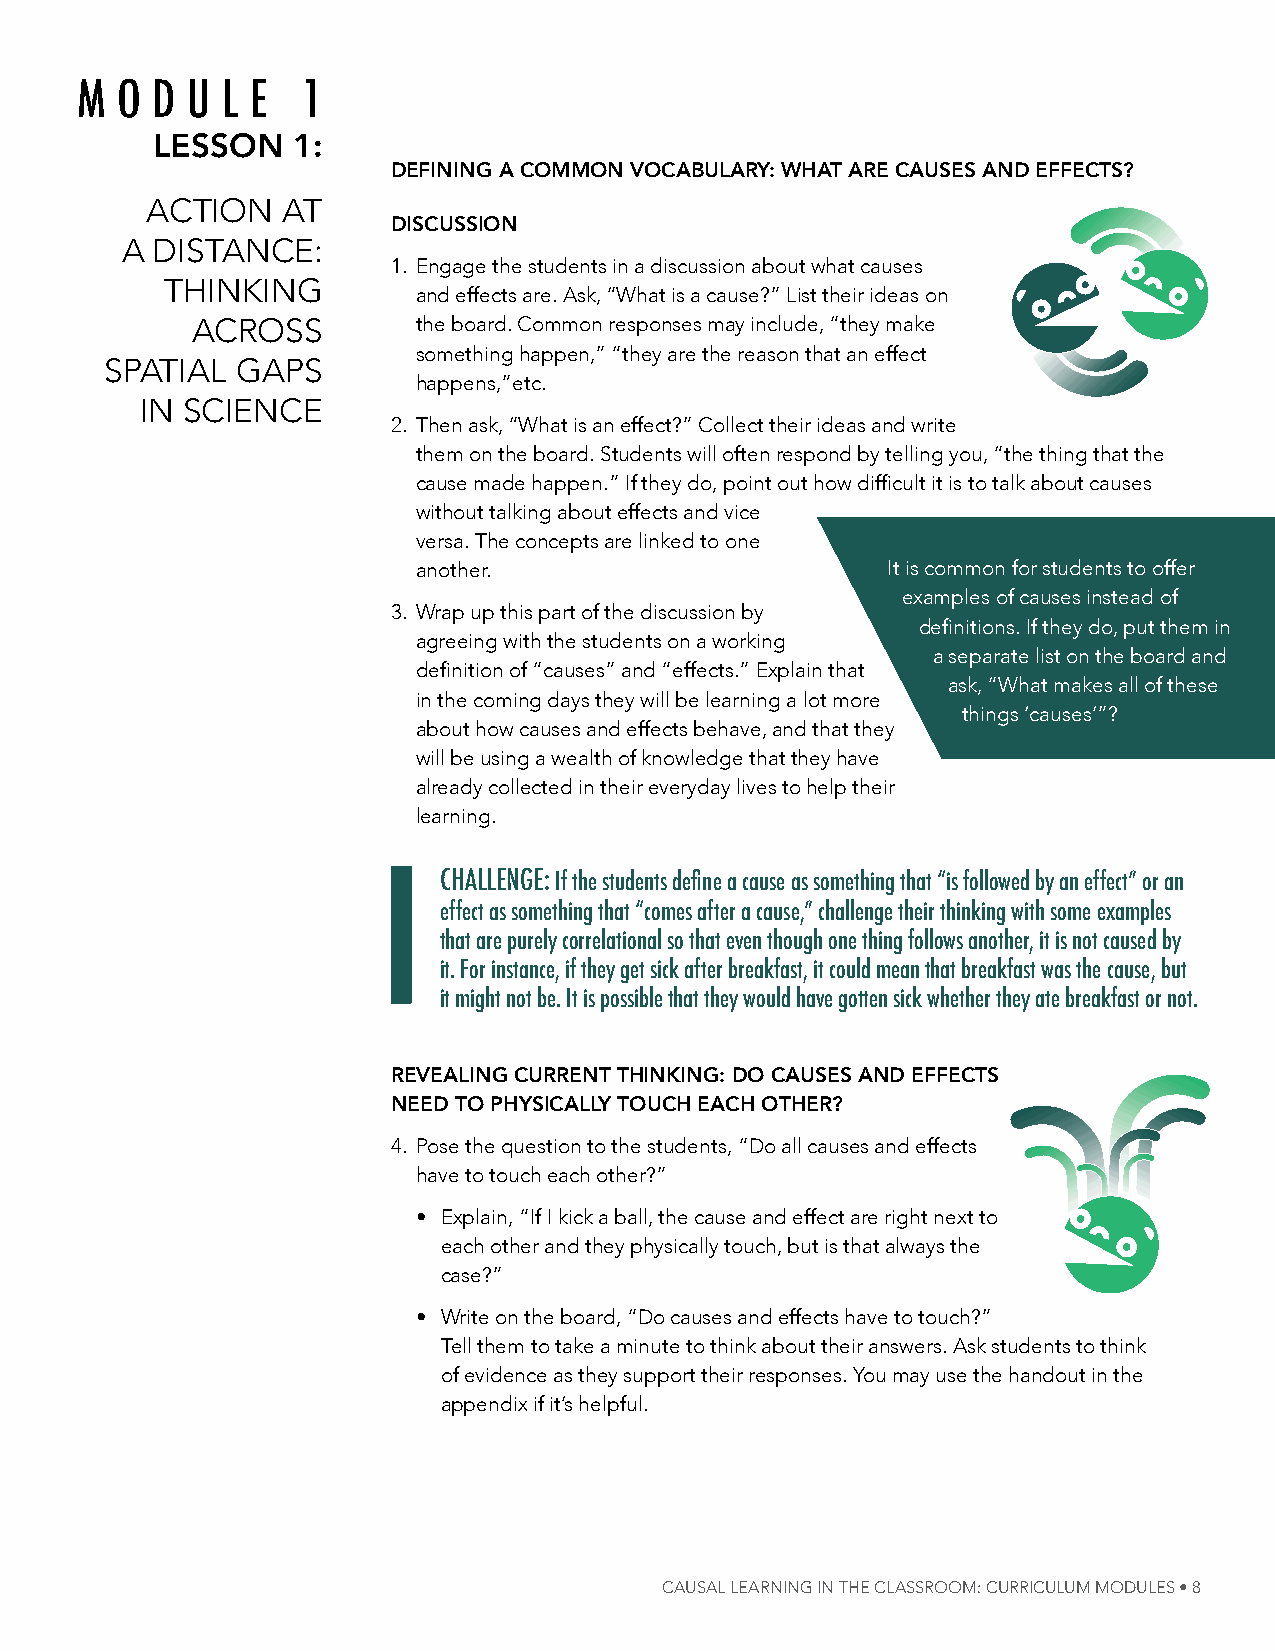
m  o d u  l e 1
 LessOn   1:
 Defining a COmmOn vOCabuLary: what are Causes anD effeCts?
 aCtion   at
 DisCussiOn
 a DistanCe:
 1. engage the students in a discussion about what causes
 thinKing
 and effects are. ask, “What is a cause?” list their ideas on
 aCross         the board. Common responses may include, “they make
 something happen,” “they are the reason that an effect
 sPatial  gaPs
 happens,”etc.
 in sCienCe
 2. then ask, “What is an effect?” Collect their ideas and write
 them on the board. students will often respond by telling you, “the thing that the
 cause made happen.” if they do, point out how difficult it is to talk about causes
 without talking about effects and vice
 versa. the concepts are linked to one
 another.                       it is common for students to offer
 examples of causes instead of
 3. Wrap up this part of the discussion by
 definitions. if they do, put them in
 agreeing with the students on a working
 a separate list on the board and
 definition of “causes” and “effects.” explain that
 ask, “What makes all of these
 in the coming days they will be learning a lot more
 things ‘causes’”?
 about how causes and effects behave, and that they
 will be using a wealth of knowledge that they have
 already collected in their everyday lives to help their
 learning.
 CHAlleNge: If the students define a cause as something that “is followed by an effect” or an
 effect as something that “comes after a cause,” challenge their thinking with some examples
 that are purely correlational so that even though one thing follows another, it is not caused by
 it. For instance, if they get sick after breakfast, it could mean that breakfast was the cause, but
 it might not be. it is possible that they would have gotten sick whether they ate breakfast or not.
 reveaLing Current thinking: DO Causes anD effeCts
 neeD tO physiCaLLy tOuCh eaCh Other?
 4. Pose the question to the students, “Do all causes and effects
 have to touch each other?”
 • explain, “if i kick a ball, the cause and effect are right next to
 each other and they physically touch, but is that always the
 case?”
 • Write on the board, “Do causes and effects have to touch?”
 tell them to take a minute to think about their answers. ask students to think
 of evidence as they support their responses. You may use the handout in the
 appendix if it’s helpful.
 Causal learNiNg iN The Classroom: CurriCulum modules • 8